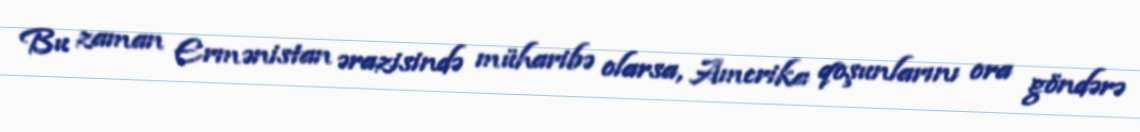
Bu zaman Ermənistan ərazisində müharibə olarsa, Amerika qoşunlarını ora göndərə